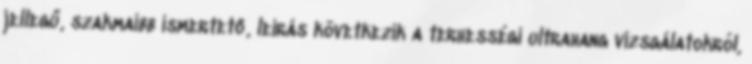
jellegű, szakmaibb ismertető, leírás következik a terhességi ultrahang vizsgálatokról,